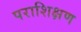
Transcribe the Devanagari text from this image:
पराशिक्षण